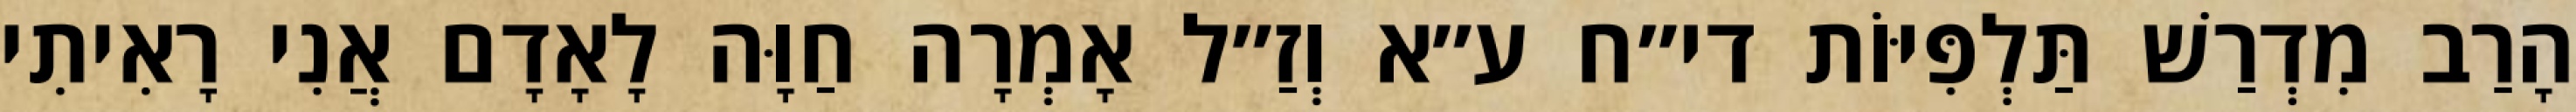
הָרַב מִדְרַשׁ תַּלְפִּיּוֹת די״ח ע״א וְזַ״ל אָמְרָה חַוָּה לָאָדָם אֲנִי רָאִיתִי